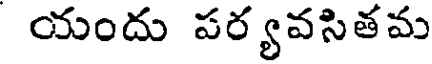
యందు పర్యవసితమ